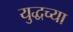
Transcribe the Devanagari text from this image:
युद्धच्या